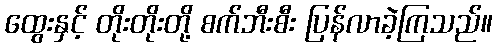
ထွေးနှင့် တိုးတိုးတို့ စက်ဘီးစီး ပြန်လာခဲ့ကြသည်။